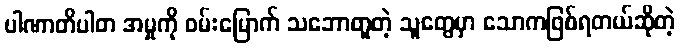
ပါဏာတိပါတ အမှုကို ဝမ်းမြောက် သဘောတူတဲ့ သူတွေမှာ သောကဖြစ်ရတယ်ဆိုတဲ့